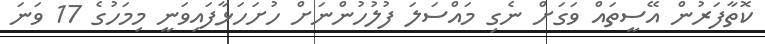
ކޮތާފަރުން އޭސީތައް ވަގަށް ނެގި މައްސަލަ ފުލުހުންނަށް ހުށަހަޅާފައިވަނީ މިމަހުގެ 17 ވަނަ